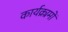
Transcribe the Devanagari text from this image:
कार्यक्र्रमों